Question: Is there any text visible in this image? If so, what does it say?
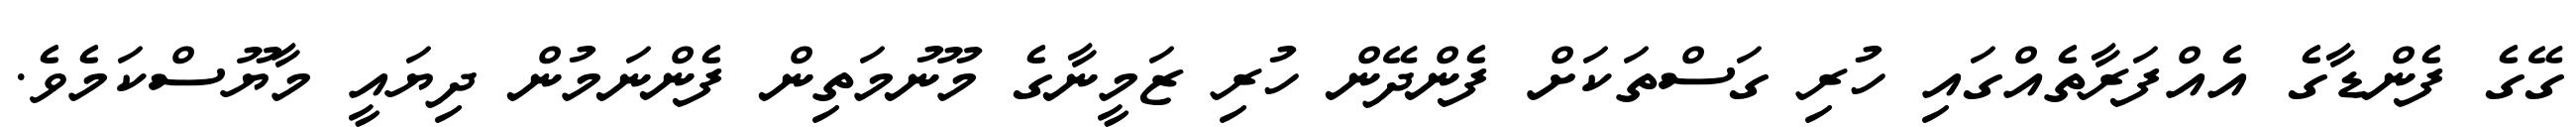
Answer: ގޭގެ ފެންޑާގެ އެއްފަރާތެއްގައި ހުރި ގަސްތަކަށް ފެންދޭން ހުރި ޒަމީނާގެ މޫނުމަތިން ފެންނަމުން ދިޔައީ މާޔޫސްކަމެވެ.